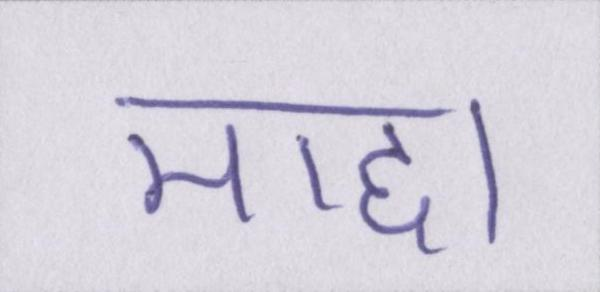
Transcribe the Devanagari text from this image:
माद्दा